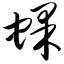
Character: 蜾